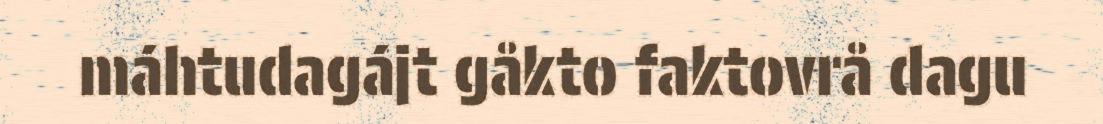
máhtudagájt gåkto faktovrå dagu